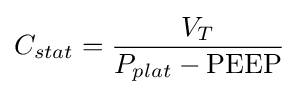
C_{stat}={\frac {V_{T}}{P_{plat}-\mathrm {PEEP} }}